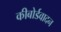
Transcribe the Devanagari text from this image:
कीबोर्डवादन